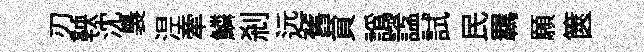
刃鞅沈裊𣵀牽鱗剎远舊貟譌諡試民羈願篋